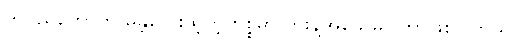
တပည့်တော်ကို မန္တလေးထဲ့တဲ့ကိစ္စမှာ ဘိုးနဲ့အဖေ မပါတာဖြစ်ပါတယ်။